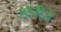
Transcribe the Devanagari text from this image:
हारीने